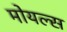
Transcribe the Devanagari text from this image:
मोयल्स